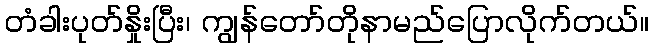
တံခါးပုတ်နှိုးပြီး၊ ကျွန်တော်တိုနာမည်ပြောလိုက်တယ်။